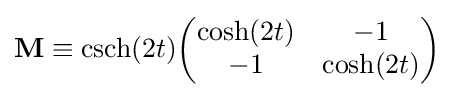
{\mathbf {M} }\equiv \operatorname {csch} (2t){\begin{pmatrix}\cosh(2t)&-1\\-1&\cosh(2t)\end{pmatrix}}~